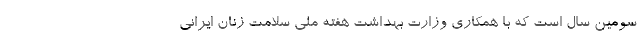
سومین سال است که با همکاری وزارت بهداشت هفته ملی سلامت زنان ایرانی